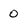
Character: 0